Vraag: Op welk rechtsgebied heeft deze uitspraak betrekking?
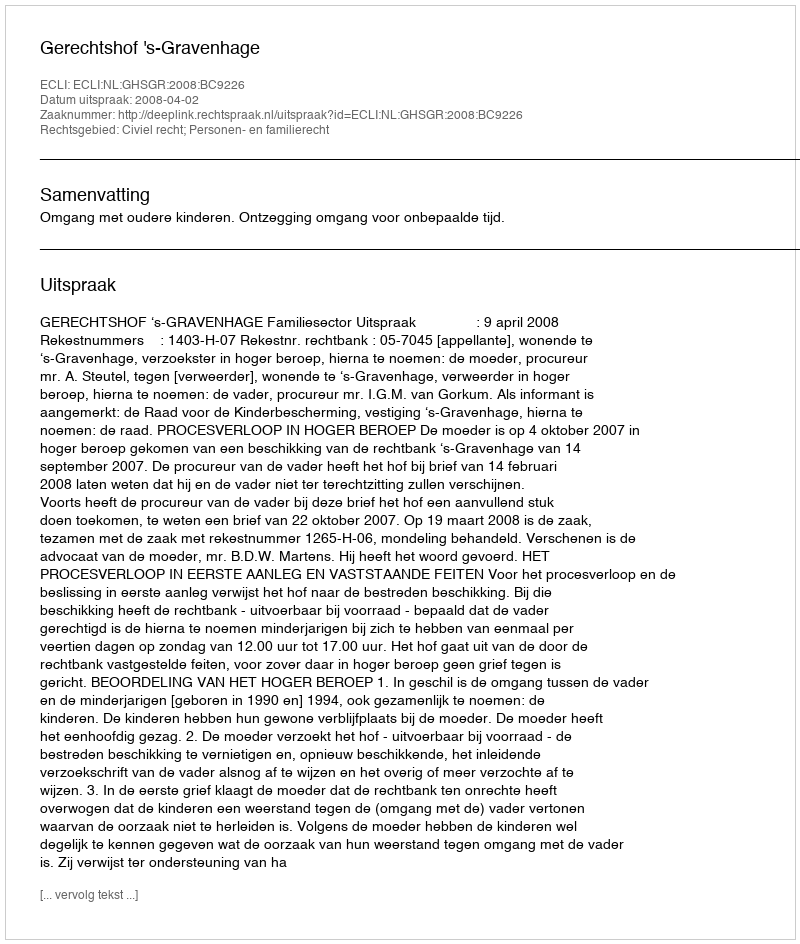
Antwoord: Civiel recht; Personen- en familierecht